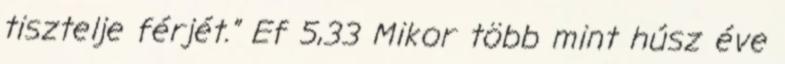
tisztelje férjét.” Ef 5,33 Mikor több mint húsz éve